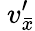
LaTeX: \ v_{\bar{x}}^{\prime}